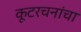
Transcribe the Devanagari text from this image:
कूटरचनांचा